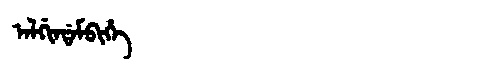
Manchu: ᠠᠯᡤᡳᠨᡩᠠᠮᠪᡳᡥᡝ
Romanization: ALGINDAMBIHE